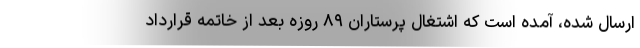
ارسال شده، آمده است که اشتغال پرستاران ۸۹ روزه بعد از خاتمه قرارداد